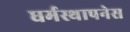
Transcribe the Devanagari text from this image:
धर्मस्थापनेस